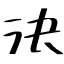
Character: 決